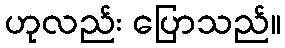
ဟုလည်း ပြောသည်။